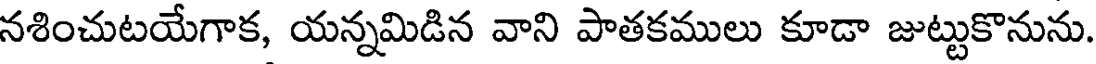
నశించుటయేగాక, యన్నమిడిన వాని పాతకములు కూడా జుట్టుకొనును